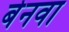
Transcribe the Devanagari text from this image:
बेनवा